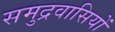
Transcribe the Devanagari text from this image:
समुद्रवासियों